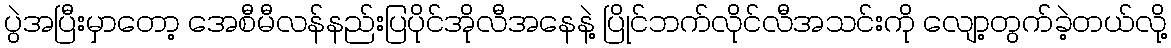
ပွဲအပြီးမှာတော့ အေစီမီလန်နည်းပြပိုင်အိုလီအနေနဲ့ ပြိုင်ဘက်လိုင်လီအသင်းကို လျော့တွက်ခဲ့တယ်လို့